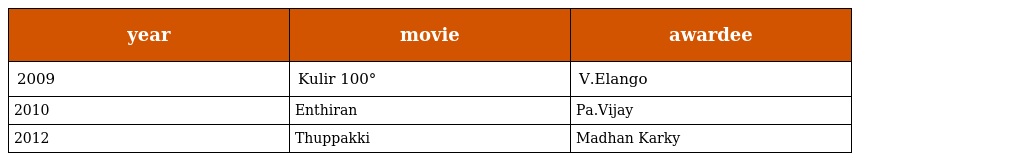
| year | movie | awardee |
 | --- | --- | --- |
 | 2009 | Kulir 100° | V.Elango |
 | 2010 | Enthiran | Pa.Vijay |
 | 2012 | Thuppakki | Madhan Karky |